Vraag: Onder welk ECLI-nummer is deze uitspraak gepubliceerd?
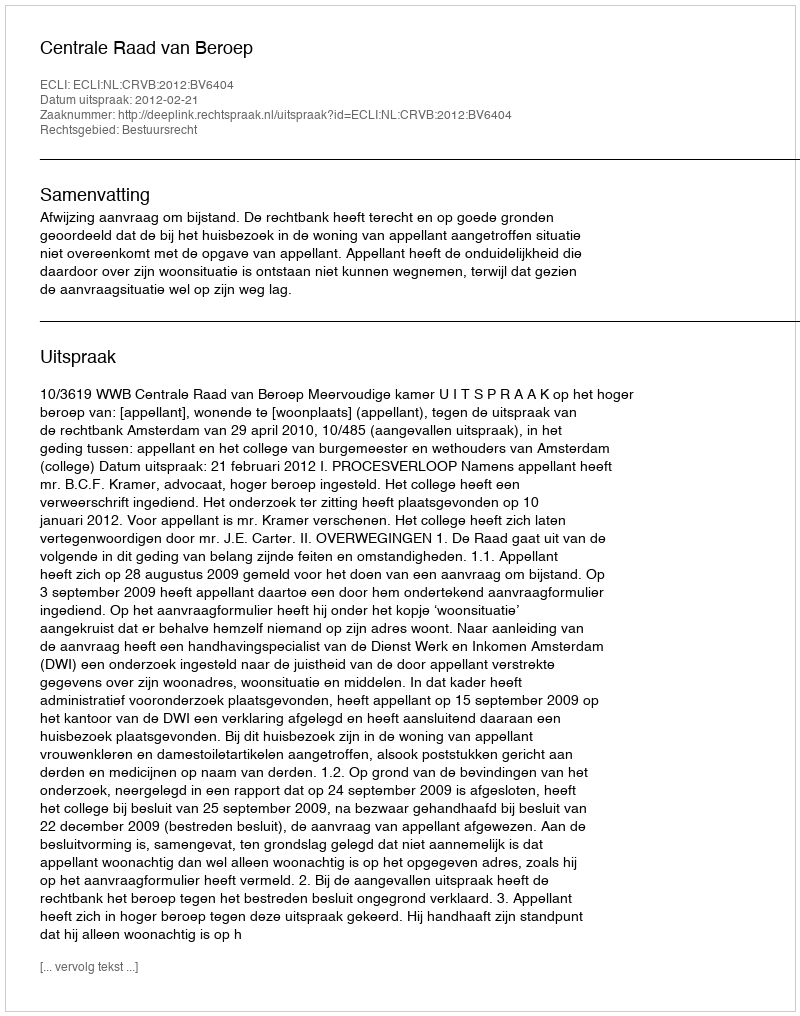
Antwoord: ECLI:NL:CRVB:2012:BV6404